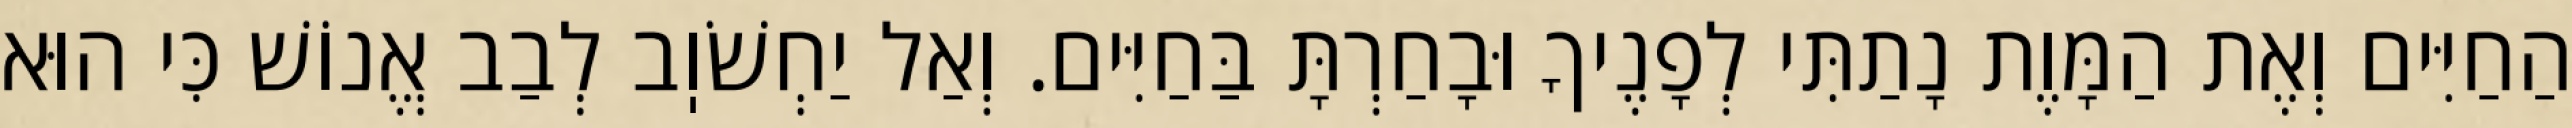
הַחַיִּים וְאֶת הַמָּוֶת נָתַתִּי לְפָנֶיךָ וּבָחַרְתָּ בַּחַיִּים. וְאַל יַחְשֹׁוֽב לְבַב אֱנוֹשׁ כִּי הוּא